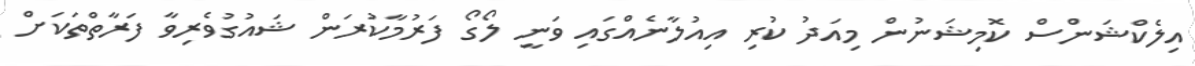
އިލެކްޝަންސް ކޮމިޝަނުން މިއަދު ކުރި އިއުލާނެއްގައި ވަނީ ލޯގޯ ފަރުމާކުރަން ޝައުގުވެރިވާ ފަރާތްތަކަށް